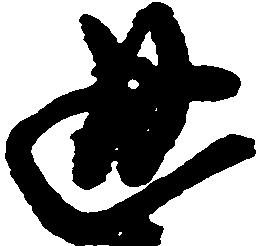
通